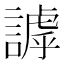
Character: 謼